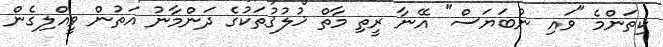
ކިތަންމެ "ވައި ނުބަޔަސް" އޭނާ ރީތި މާތް ޚުލުޤުތަކުގެ ދަންމާނު އަތުން ވީއްލިގެން